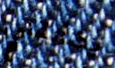
يضايقني